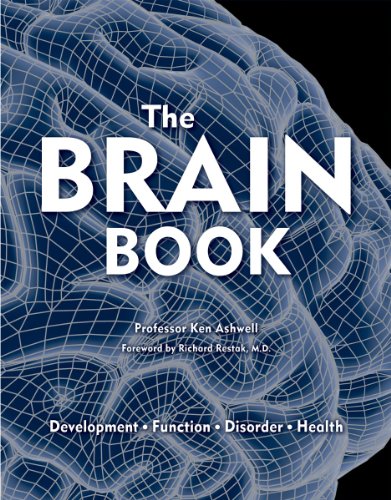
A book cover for The Brain Book: Development, Function, Disorder, Health; Health, Fitness & Dieting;